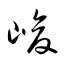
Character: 峻